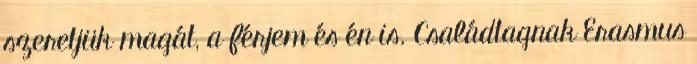
szeretjük magát, a férjem és én is. Családtagnak Erasmus